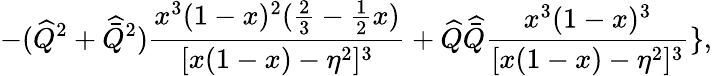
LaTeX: -(\widehat{Q}^{2}+\widehat{\bar{Q}}^{2})\frac{x^{3}(1-x)^{2}(\frac 23-\frac 12x)}{[x(1-x)-\eta^{2}]^{3}}+\widehat{Q}\widehat{\bar{Q}}\frac{x^{3}(1-x)^{3}}{[x(1-x)-\eta^{2}]^{3}}\} ,